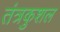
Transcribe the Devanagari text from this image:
तंत्रकुशल